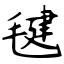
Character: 毽